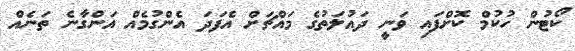
ކޯޓުން ހުކުމް ކޮށްފައި ވަނީ ދައުލަތުގެ މައްޗަށް އެފަދަ އެންގުމެއް އަންގާނެ ތަނެއް